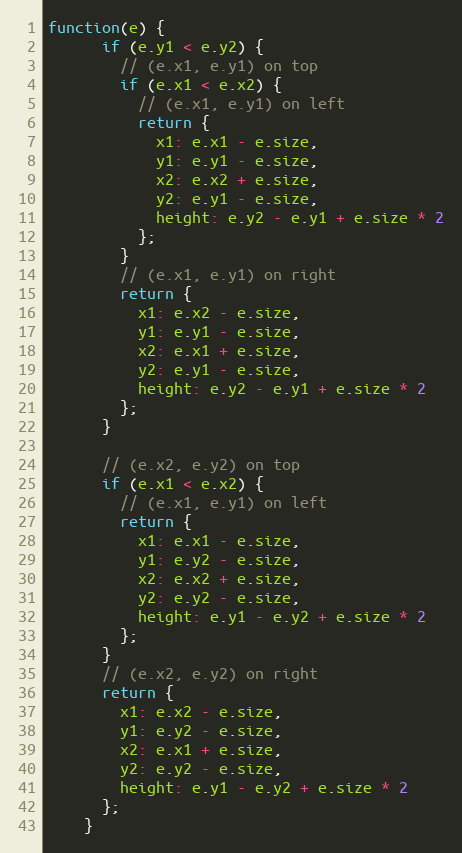
Language: JavaScript
function(e) {
      if (e.y1 < e.y2) {
        // (e.x1, e.y1) on top
        if (e.x1 < e.x2) {
          // (e.x1, e.y1) on left
          return {
            x1: e.x1 - e.size,
            y1: e.y1 - e.size,
            x2: e.x2 + e.size,
            y2: e.y1 - e.size,
            height: e.y2 - e.y1 + e.size * 2
          };
        }
        // (e.x1, e.y1) on right
        return {
          x1: e.x2 - e.size,
          y1: e.y1 - e.size,
          x2: e.x1 + e.size,
          y2: e.y1 - e.size,
          height: e.y2 - e.y1 + e.size * 2
        };
      }

      // (e.x2, e.y2) on top
      if (e.x1 < e.x2) {
        // (e.x1, e.y1) on left
        return {
          x1: e.x1 - e.size,
          y1: e.y2 - e.size,
          x2: e.x2 + e.size,
          y2: e.y2 - e.size,
          height: e.y1 - e.y2 + e.size * 2
        };
      }
      // (e.x2, e.y2) on right
      return {
        x1: e.x2 - e.size,
        y1: e.y2 - e.size,
        x2: e.x1 + e.size,
        y2: e.y2 - e.size,
        height: e.y1 - e.y2 + e.size * 2
      };
    }